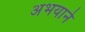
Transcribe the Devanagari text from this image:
अभयाने